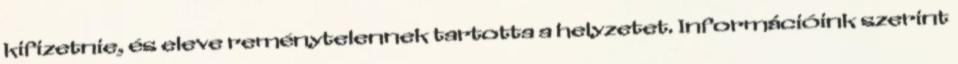
kifizetnie, és eleve reménytelennek tartotta a helyzetet. Információink szerint